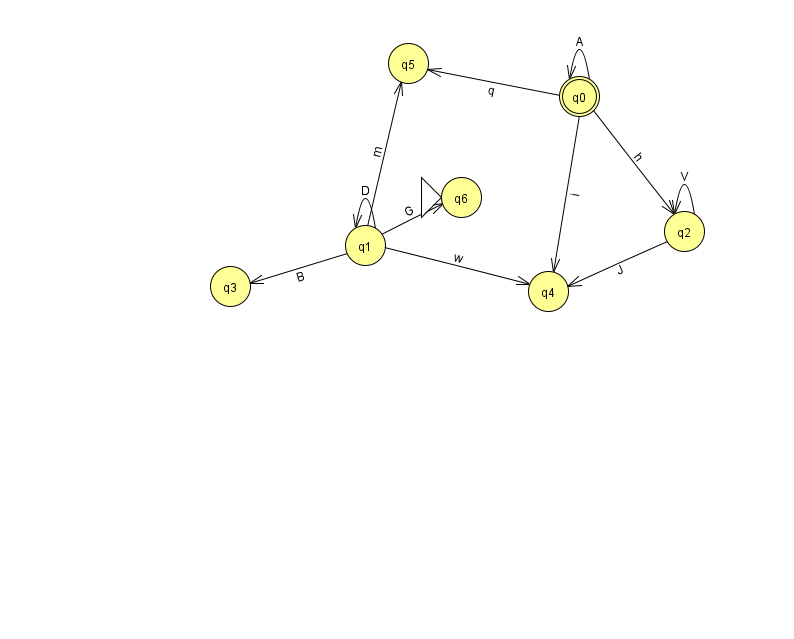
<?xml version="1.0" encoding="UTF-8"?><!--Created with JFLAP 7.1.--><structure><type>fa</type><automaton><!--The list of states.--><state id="0" name="q0"><x>579.0</x><y>83.0</y><final/></state><state id="1" name="q1"><x>365.0</x><y>232.0</y></state><state id="2" name="q2"><x>684.0</x><y>218.0</y></state><state id="3" name="q3"><x>230.0</x><y>273.0</y></state><state id="4" name="q4"><x>548.0</x><y>278.0</y></state><state id="5" name="q5"><x>408.0</x><y>50.0</y></state><state id="6" name="q6"><x>461.0</x><y>184.0</y><initial/></state><!--The list of transitions.--><transition><from>0</from><to>0</to><read>A</read></transition><transition><from>0</from><to>2</to><read>h</read></transition><transition><from>1</from><to>1</to><read>D</read></transition><transition><from>2</from><to>2</to><read>V</read></transition><transition><from>2</from><to>4</to><read>J</read></transition><transition><from>1</from><to>6</to><read>G</read></transition><transition><from>0</from><to>5</to><read>q</read></transition><transition><from>1</from><to>3</to><read>B</read></transition><transition><from>1</from><to>4</to><read>w</read></transition><transition><from>1</from><to>5</to><read>m</read></transition><transition><from>0</from><to>4</to><read>i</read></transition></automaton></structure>